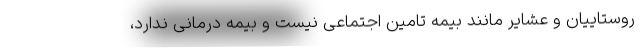
روستاییان و عشایر مانند بیمه تامین اجتماعی نیست و بیمه درمانی ندارد،